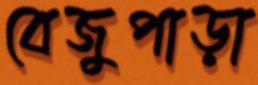
বেজুপাড়া